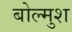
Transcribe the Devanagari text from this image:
बोल्मुश